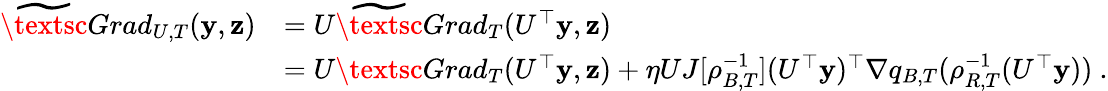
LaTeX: \begin{array}{rl}{\widetilde\textsc{Grad}_{U,T}(\mathbf{y},{\mathbf z})}&{=U\widetilde\textsc{Grad}_{T}(U^{\top}\mathbf{y},{\mathbf z})}\\ &{=U\textsc{Grad}_{T}(U^{\top}\mathbf{y},{\mathbf z})+\eta UJ[\rho_{B,T}^{-1}](U^{\top}\mathbf{y})^{\top}\nabla q_{B,T}(\rho_{R,T}^{-1}(U^{\top}\mathbf{y}))~.}\end{array}